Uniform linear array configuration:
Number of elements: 48
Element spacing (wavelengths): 0.25
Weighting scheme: kaiser
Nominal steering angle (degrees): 45
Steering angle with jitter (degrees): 44.645
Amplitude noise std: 0.05
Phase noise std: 0.05

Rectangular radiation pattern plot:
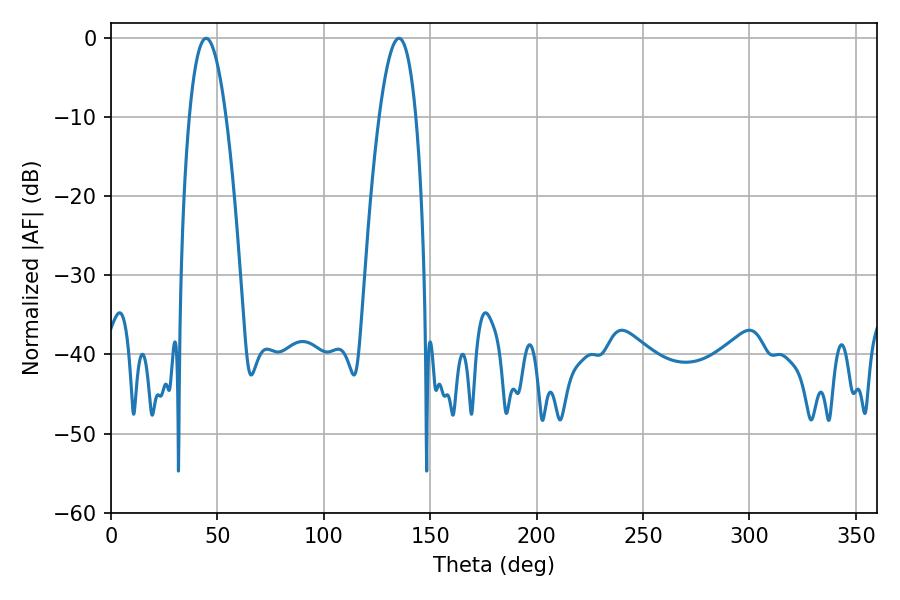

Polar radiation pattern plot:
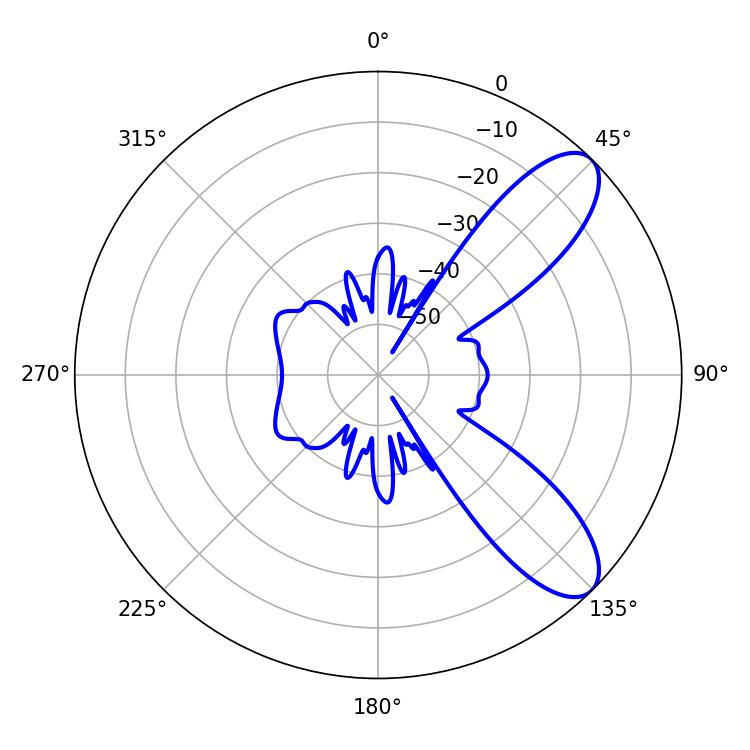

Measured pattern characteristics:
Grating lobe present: FALSE
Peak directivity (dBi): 8.998
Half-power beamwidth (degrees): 9.54
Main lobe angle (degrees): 44.64